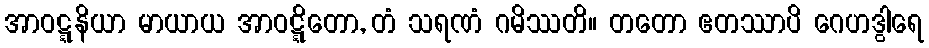
အာဝဋ္ဋနိယာ မာယာယ အာဝဋ္ဋိတော, တံ သရဏံ ဂမိဿတိ။ တတော ဧတဿာပိ ဂေဟဒွါရေ